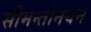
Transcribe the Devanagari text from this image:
सीमन्तोनयन